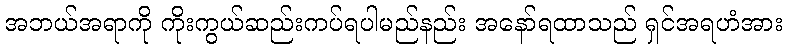
အဘယ်အရာကို ကိုးကွယ်ဆည်းကပ်ရပါမည်နည်း အနော်ရထာသည် ရှင်အရဟံအား